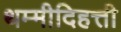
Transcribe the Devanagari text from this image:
थम्मीदिहत्ती